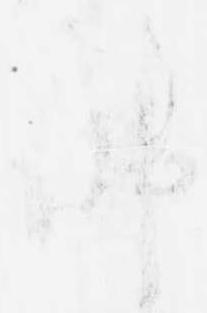
仏